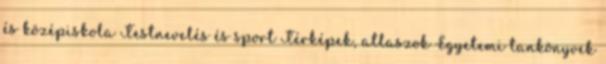
és középiskola Testnevelés és sport Térképek, atlaszok Egyetemi tankönyvek